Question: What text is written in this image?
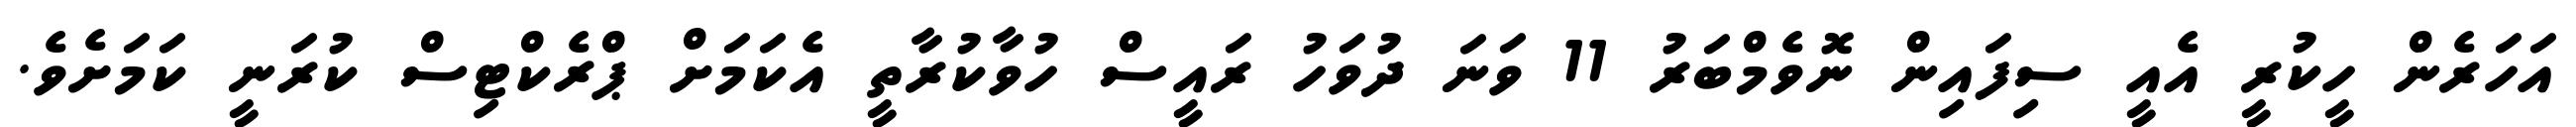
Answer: އަހަރެން ހީކުރީ އެއީ ސިފައިން ނޮވެމްބަރު 11 ވަނަ ދުވަހު ރައީސް ހުވާކުރާތީ އެކަމަށް ޕްރެކްޓިސް ކުރަނީ ކަމަށެވެ.